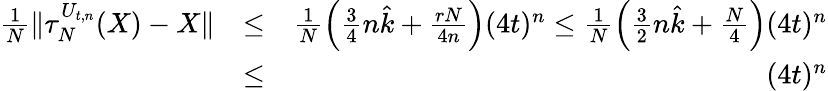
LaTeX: \begin{array}{rlr}{\frac{1}{N}\| \tau_{N}^{U_{t,n}}(X)-X\| }&{\leq}&{\frac{1}{N}\left(\frac 34n\hat{k}+\frac{rN}{4n}\right)(4t)^{n}\leq\frac{1}{N}\left(\frac 32n\hat{k}+\frac{N}{4}\right)(4t)^{n}}\\ &{\leq}&{(4t)^{n}}\end{array}